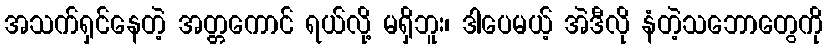
အသက်ရှင်နေတဲ့ အတ္တကောင် ရယ်လို့ မရှိဘူး၊ ဒါပေမယ့် အဲဒီလို နံတဲ့သဘောတွေကို